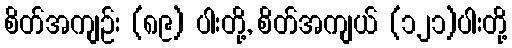
စိတ်အကျဉ်း (၈၉) ပါးတို့, စိတ်အကျယ် (၁၂၁)ပါးတို့